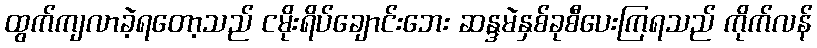
ထွက်ကျလာခဲ့ရတော့သည် ငမိုးရိပ်ချောင်းဘေး ဆန္ဒမဲနှစ်ခုစီပေးကြရသည် ကိုက်လန်